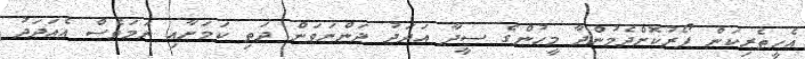
އެހީތެރިކަން ފޯރުކޮށްދެމުންދާ މީހުންގެ ސީދާ އަދަދު ދަންނަވަން ދަތި ކަމަށާއި ނަމަވެސް އެއަދަދު